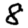
Digit: 8